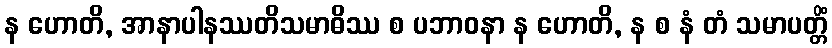
န ဟောတိ, အာနာပါနဿတိသမာဓိဿ စ ပဘာဝနာ န ဟောတိ, န စ နံ တံ သမာပတ္တိံ